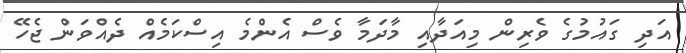
އަދި ގައުމުގެ ވެރިން މިއަދާއި މާދަމާ ވެސް އެންމެ އިސްކަމެއް ދެއްވަން ޖެހޭ